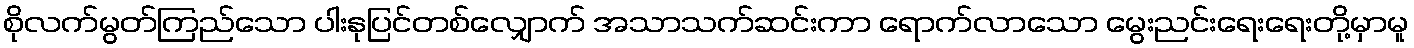
စိုလက်မွတ်ကြည်သော ပါးနုပြင်တစ်လျှောက် အသာသက်ဆင်းကာ ရောက်လာသော မွေးညင်းရေးရေးတို့မှာမူ